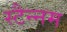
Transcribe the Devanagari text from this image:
स्टैन्नम